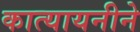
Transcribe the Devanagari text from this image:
कात्यायनीने